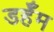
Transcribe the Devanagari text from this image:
डर्हॅम